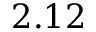
2 . 1 2